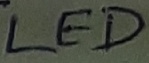
Text: LED